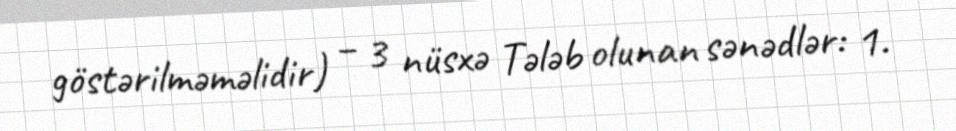
göstərilməməlidir) – 3 nüsxə Tələb olunan sənədlər: 1.